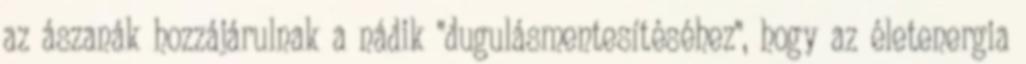
az ászanák hozzájárulnak a nádik "dugulásmentesítéséhez", hogy az életenergia